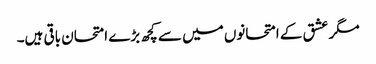
مگر عشق کے امتحانوں میں سے کچھ بڑے امتحان باقی ہیں۔